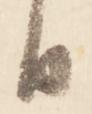
日